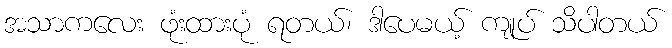
အသာကလေး ဖုံးထားပုံ ရတယ်၊ ဒါပေမယ့် ကျုပ် သိပါတယ်